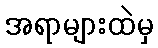
အရာများထဲမှ